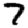
Digit: 7